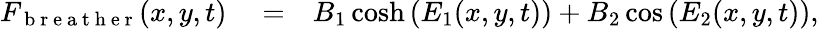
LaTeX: \begin{array}{rlr}{F_{\mathrm{~b~r~e~a~t~h~e~r~}}(x,y,t)}&{{}=}&{B_{1}\cosh\left(E_{1}(x,y,t)\right)+B_{2}\cos\left(E_{2}(x,y,t)\right),}\end{array}